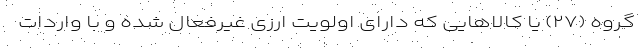
گروه (۲۷) یا کالاهایی که دارای اولویت ارزی غیرفعال شده و با واردات